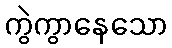
ကွဲကွာနေသော